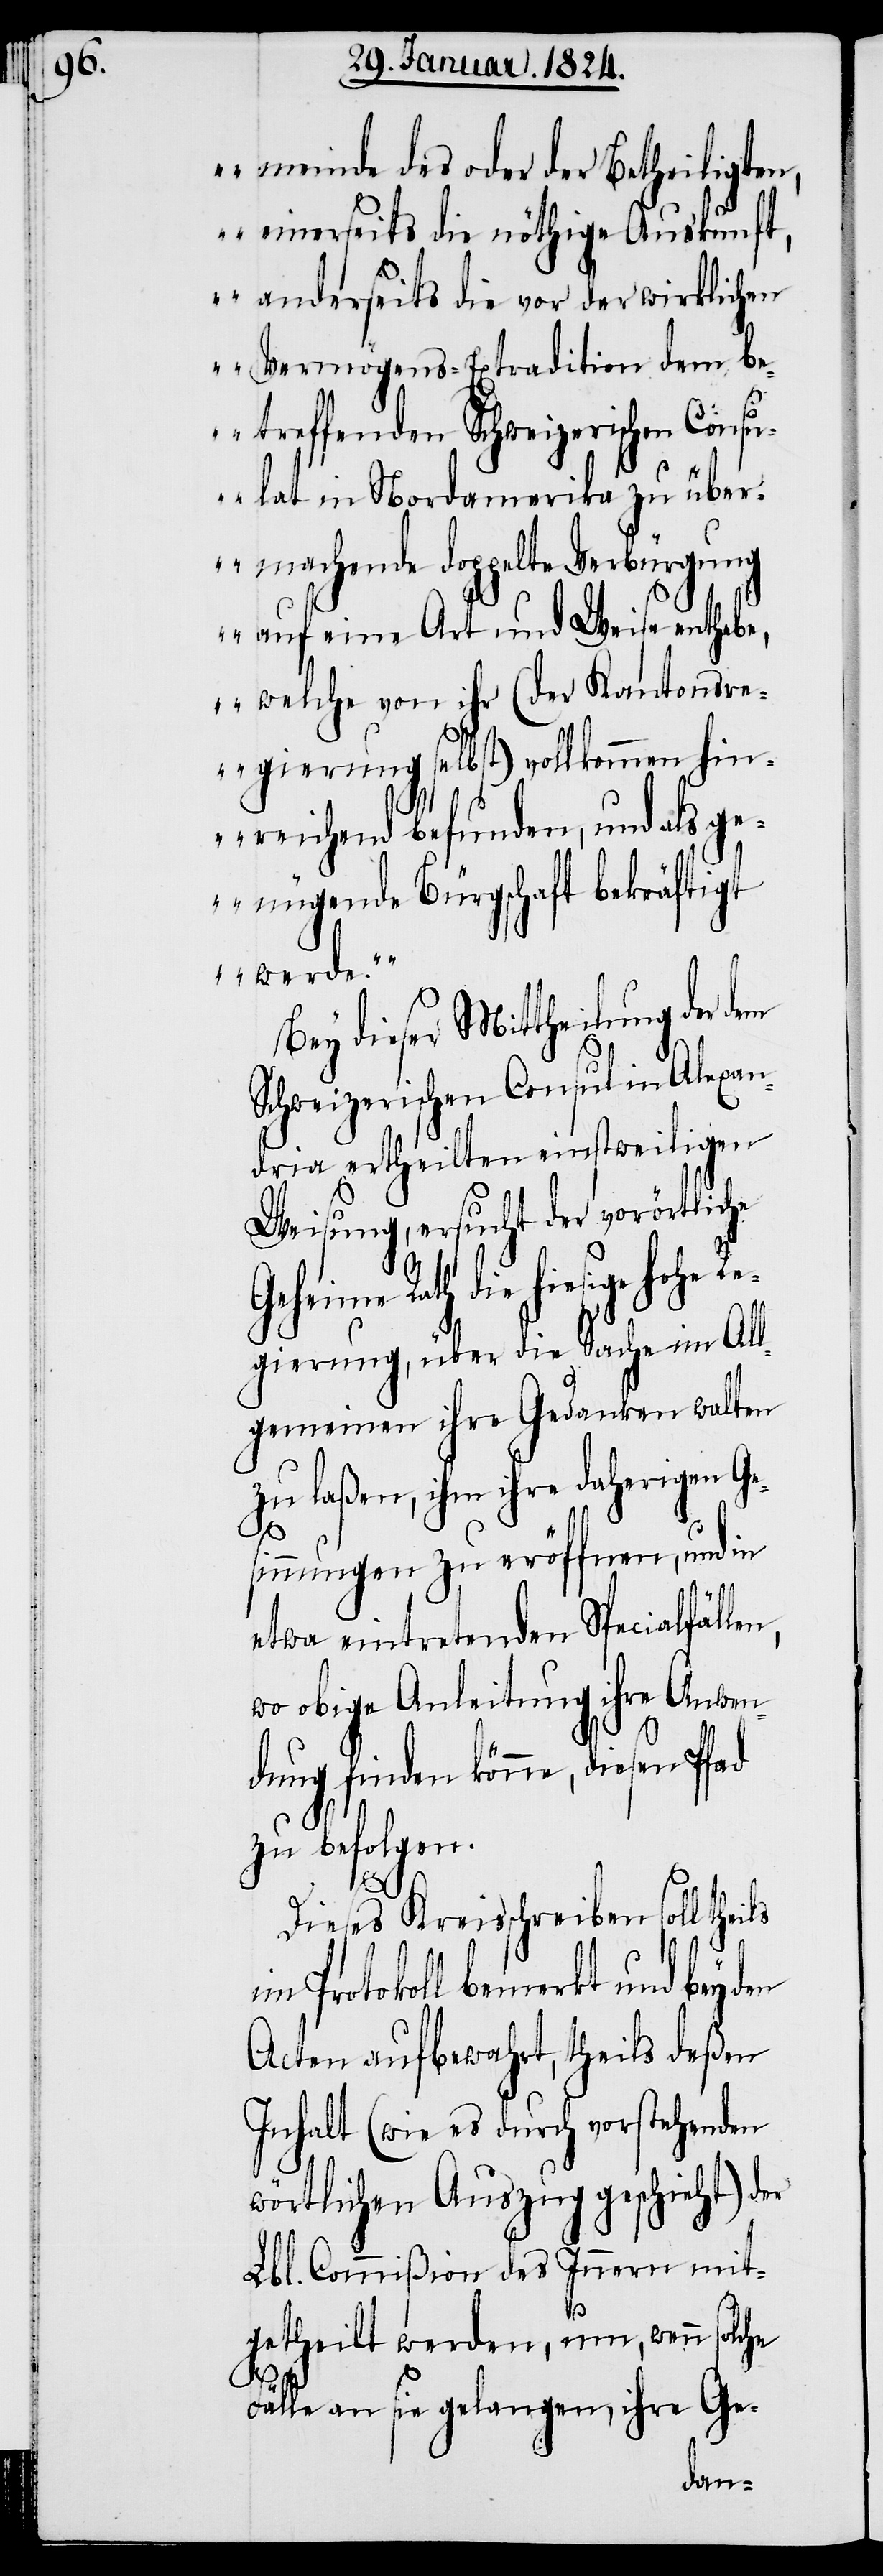
meinde des oder der Betheiligten,
einerseits die nöthige Auskunft,
anderseits die vor der wirklichen
Vermögens-Extradition dem b¬
etreffenden Schweizerischen Consu¬
lat in Nordamerika zu über¬
machende doppelte Verbürgung
auf eine Art und Weise entheb¬
e, welche von ihr (der Kantonsr¬
egierung selbst) vollkommen hin¬
reichend befunden, und als g¬
enügende Bürgschaft bekräftigt
werde.“
Bey dieser Mittheilung der
Schweizerischen Consul in Alexan¬
dria ertheilten einstweiligen
Weisung, ersucht der vorörtliche
Geheime Rath die hiesige
egierung, über die Sache im All¬
gemeinen ihre Gedanken walten
zu laßen, ihm ihre daherigen Ge¬
sinnungen zu eröffnen, und in
etwa eintretenden Specialfällen,
wo obige Anleitung ihre Anwen¬
dung finden könne, diesen Pfad
zu befolgen.
Dieses Kreisschreiben soll
im Protokoll bemerkt und bey
Acten aufbewahrt, theils deßen
Inhalt (wie es durch vorstehenden
wörtlichen Auszug geschieht) der
Lbl. Commißion des Innern mit¬
getheilt werden, um, wenn solche
hohe R¬
Fälle an sie gelangen, ihre Ge-